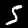
Digit: 5